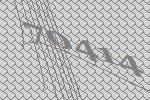
70414